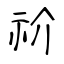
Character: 祄